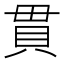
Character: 貫